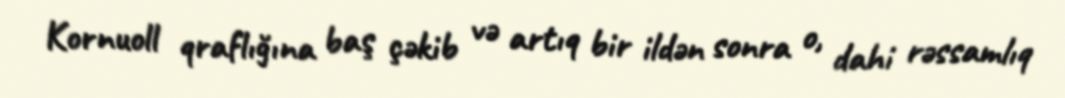
Kornuoll qraflığına baş çəkib və artıq bir ildən sonra o, dahi rəssamlıq